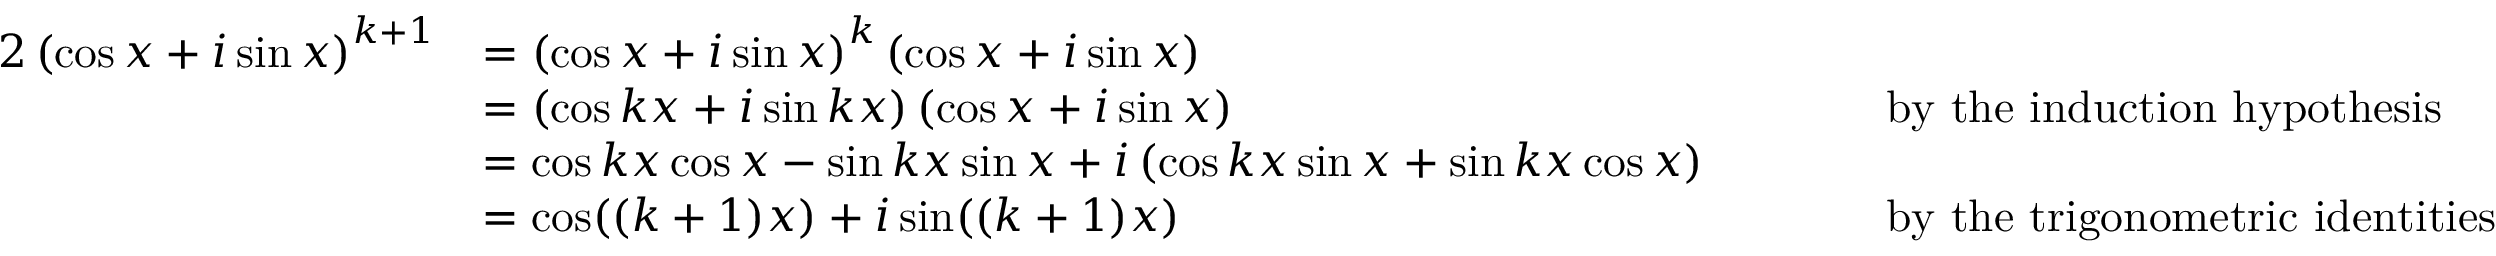
{ \begin{array} { r l r l } { { 2 } \left( \cos x + i \sin x \right) ^ { k + 1 } } & { = \left( \cos x + i \sin x \right) ^ { k } \left( \cos x + i \sin x \right) } \\ & { = \left( \cos k x + i \sin k x \right) \left( \cos x + i \sin x \right) } & & { \qquad { \mathrm { b y ~ t h e ~ i n d u c t i o n ~ h y p o t h e s i s } } } \\ & { = \cos k x \cos x - \sin k x \sin x + i \left( \cos k x \sin x + \sin k x \cos x \right) } \\ & { = \cos ( ( k + 1 ) x ) + i \sin ( ( k + 1 ) x ) } & & { \qquad { \mathrm { b y ~ t h e ~ t r i g o n o m e t r i c ~ i d e n t i t i e s } } } \end{array} }